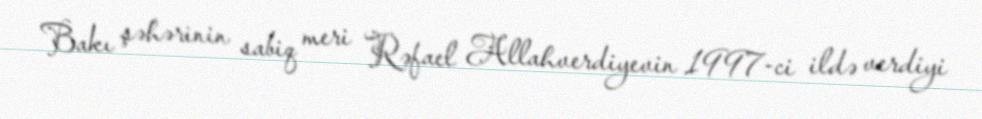
Bakı şəhərinin sabiq meri Rəfael Allahverdiyevin 1997-ci ildə verdiyi